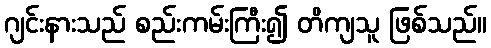
ဂျင်းနားသည် စည်းကမ်းကြီး၍ တိကျသူ ဖြစ်သည်။